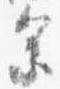
参